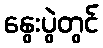
နွေးပွဲတွင်